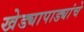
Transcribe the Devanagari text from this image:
खेड्यापाड्यांचे